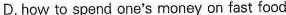
D.how to spend one's money on fast food